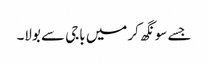
جسے سونگھ کر میں باجی سے بولا۔